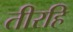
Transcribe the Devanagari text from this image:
तीरहि